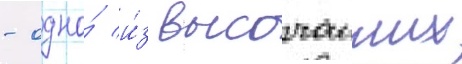
- одно́ и́з высочаиших